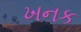
ખનક